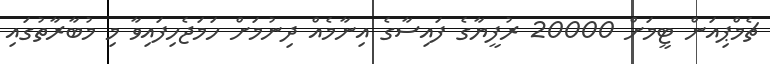
ޗެމްޕިއަން ޓީމަށް 20000 ރުފީޔާގެ ފައިސާގެ އިނާމެއް ދިނުމަށް ހަމަޖެހިފައިވާ މި މުބާރާތުގައި